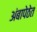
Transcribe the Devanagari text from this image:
अंबापेठेत